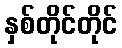
နှစ်တိုင်တိုင်